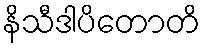
နိသီဒါပိတောတိ